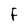
Character: F